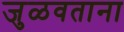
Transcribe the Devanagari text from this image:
जुळवताना